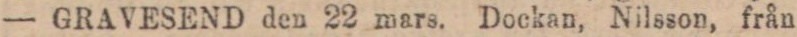
— GRAVESEND den 22 mars. Dockan, Nilsson, från